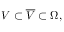
V \subset { \overline { { V } } } \subset \Omega ,